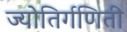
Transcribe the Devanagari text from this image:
ज्योतिर्गणिती